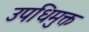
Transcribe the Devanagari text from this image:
उपधिमुक्त